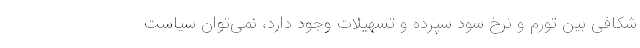
شکافی بین تورم و نرخ سود سپرده و تسهیلات وجود دارد، نمی‌توان سیاست